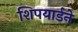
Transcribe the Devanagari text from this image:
शिपयार्डने